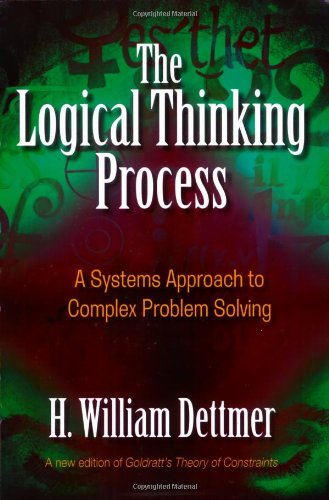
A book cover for The Logical Thinking Process: A Systems Approach to Complex Problem Solving; H. William Dettmer; Business & Money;